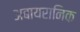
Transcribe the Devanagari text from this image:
अबायरानिक